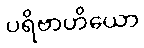
ပရိဗာဟိယော